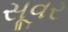
સૂવર